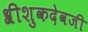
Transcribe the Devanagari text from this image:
श्रीशुकदेवजी